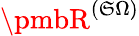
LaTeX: {\pmbR}^{(\mathfrak{S}\Omega)}